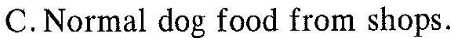
C.Normal dog food from shops.